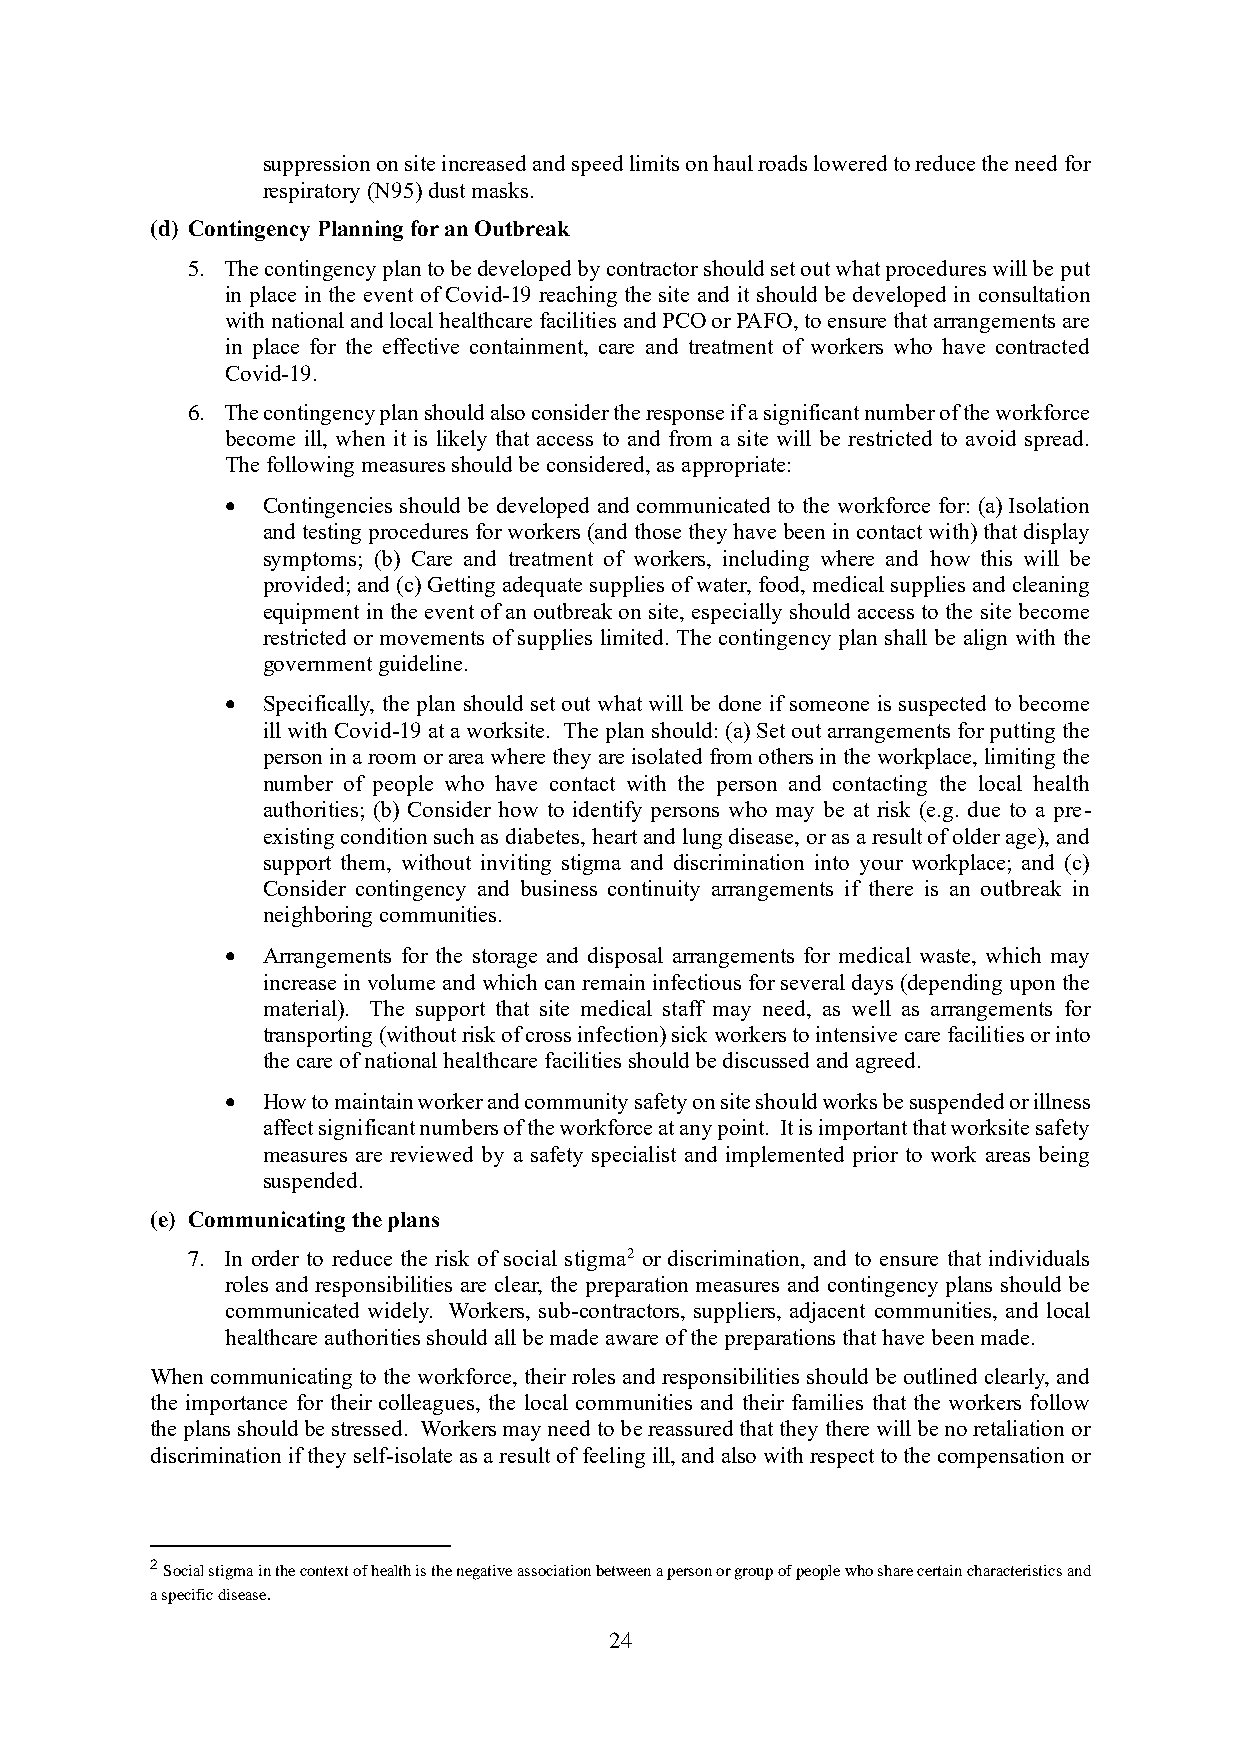
suppression on site increased and speed limits on haul roads lowered to reduce the need for
 respiratory (N95) dust masks.
 (d) Contingency Planning for an Outbreak
 5. The contingency plan to be developed by contractor should set out what procedures will be put
 in place in the event of Covid-19 reaching the site and it should be developed in consultation
 with national and local healthcare facilities and PCO or PAFO, to ensure that arrangements are
 in place for the effective containment, care and treatment of workers who have contracted
 Covid-19.
 6. The contingency plan should also consider the response if a significant number of the workforce
 become ill, when it is likely that access to and from a site will be restricted to avoid spread.
 The following measures should be considered, as appropriate:
 • Contingencies should be developed and communicated to the workforce for: (a) Isolation
 and testing procedures for workers (and those they have been in contact with) that display
 symptoms; (b) Care and treatment of workers, including where and how this will be
 provided; and (c) Getting adequate supplies of water, food, medical supplies and cleaning
 equipment in the event of an outbreak on site, especially should access to the site become
 restricted or movements of supplies limited. The contingency plan shall be align with the
 government guideline.
 • Specifically, the plan should set out what will be done if someone is suspected to become
 ill with Covid-19 at a worksite. The plan should: (a) Set out arrangements for putting the
 person in a room or area where they are isolated from others in the workplace, limiting the
 number of people who have contact with the person and contacting the local health
 authorities; (b) Consider how to identify persons who may be at risk (e.g. due to a pre-
 existing condition such as diabetes, heart and lung disease, or as a result of older age), and
 support them, without inviting stigma and discrimination into your workplace; and (c)
 Consider contingency and business continuity arrangements if there is an outbreak in
 neighboring communities.
 • Arrangements for the storage and disposal arrangements for medical waste, which may
 increase in volume and which can remain infectious for several days (depending upon the
 material). The support that site medical staff may need, as well as arrangements for
 transporting (without risk of cross infection) sick workers to intensive care facilities or into
 the care of national healthcare facilities should be discussed and agreed.
 • How to maintain worker and community safety on site should works be suspended or illness
 affect significant numbers of the workforce at any point. It is important that worksite safety
 measures are reviewed by a safety specialist and implemented prior to work areas being
 suspended.
 (e) Communicating the plans
 7. In order to reduce the risk of social stigma2 or discrimination, and to ensure that individuals
 roles and responsibilities are clear, the preparation measures and contingency plans should be
 communicated widely. Workers, sub-contractors, suppliers, adjacent communities, and local
 healthcare authorities should all be made aware of the preparations that have been made.
 When communicating to the workforce, their roles and responsibilities should be outlined clearly, and
 the importance for their colleagues, the local communities and their families that the workers follow
 the plans should be stressed. Workers may need to be reassured that they there will be no retaliation or
 discrimination if they self-isolate as a result of feeling ill, and also with respect to the compensation or
 2 Social stigma in the context of health is the negative association between a person or group of people who share certain characteristics and
 a specific disease.
 24